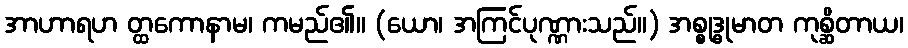
အာဟာရဟ တ္ထကောနာမ၊ ကမည်၏။ (ယော၊ အကြင်ပုဏ္ဏားသည်။) အစ္စုဒ္ဓုမာတ ကုစ္ဆိတာယ၊